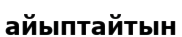
айыптайтын